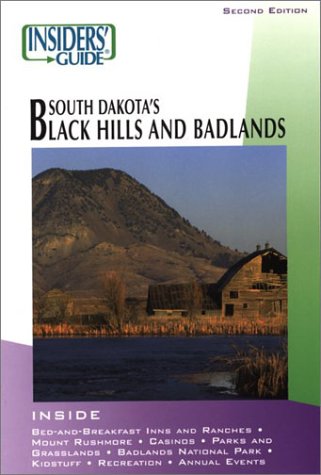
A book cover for Insiders' Guide to South Dakota's Black Hills & Badlands, 2nd (Insiders' Guide Series); Barbara Tomovick; Travel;